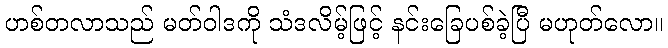
ဟစ်တလာသည် မတ်ဝါဒကို သံဒလိမ့်ဖြင့် နင်းခြေပစ်ခဲ့ပြီ မဟုတ်လော။